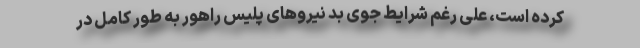
کرده است، علی رغم شرایط جوی بد نیروهای پلیس راهور به طور کامل در